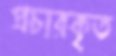
প্রচারকৃত